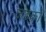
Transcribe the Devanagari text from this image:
जडको